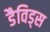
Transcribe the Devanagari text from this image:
डैविड्स